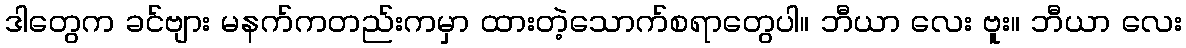
ဒါတွေက ခင်ဗျား မနက်ကတည်းကမှာ ထားတဲ့သောက်စရာတွေပါ။ ဘီယာ လေး ဗူး။ ဘီယာ လေး